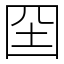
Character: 囶